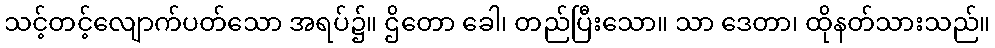
သင့်တင့်လျောက်ပတ်သော အရပ်၌။ ဌိတော ခေါ၊ တည်ပြီးသော။ သာ ဒေတာ၊ ထိုနတ်သားသည်။